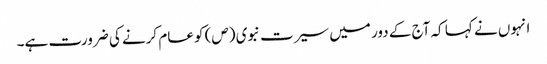
انہوں نے کہا کہ آج کے دور میں سیرت نبوی (ص) کو عام کرنے کی ضرورت ہے۔